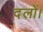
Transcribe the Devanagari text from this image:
दलों।